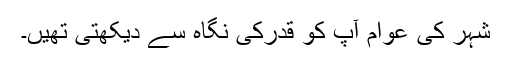
شہر کی عوام آپ کو قدرکی نگاہ سے دیکھتی تھیں۔